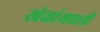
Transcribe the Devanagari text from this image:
खेळांमधली